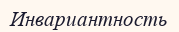
Инвариантность